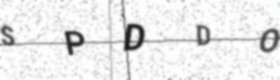
Text: SPDDO